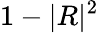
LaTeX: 1-|R|^{2}